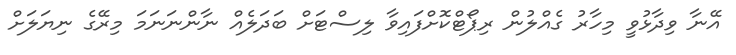
އޭނާ ވިދާޅުވީ މިހާރު ގެއްލުން ރިޕޯޓްކޮށްފައިވާ ލިސްޓަށް ބަދަލެއް ނާންނަނަމަ މިރޭގެ ނިޔަލަށް